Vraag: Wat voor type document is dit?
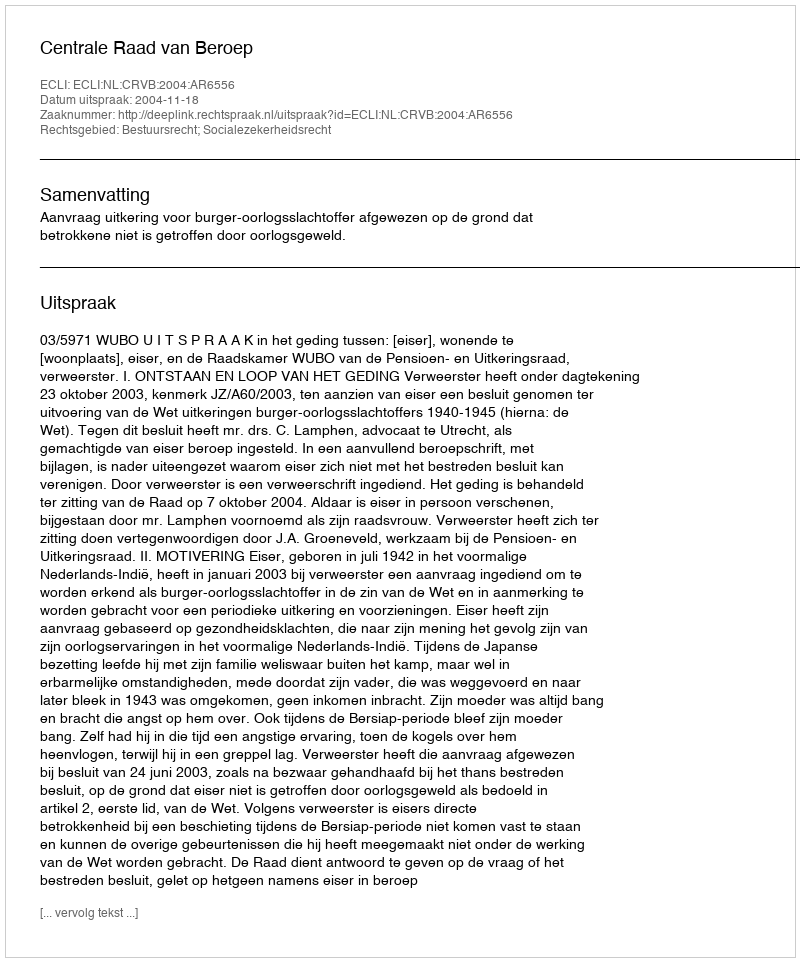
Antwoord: Uitspraak